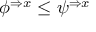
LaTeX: \phi ^ { \Rightarrow x } \leq \psi ^ { \Rightarrow x }